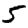
Digit: 5